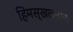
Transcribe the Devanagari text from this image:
हिमस्खलनांनी